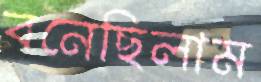
বনেছিলাম